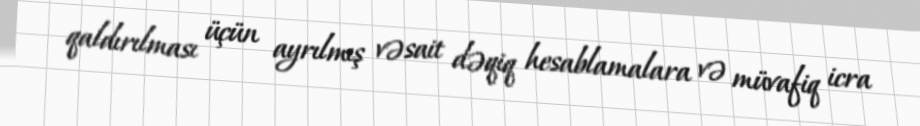
qaldırılması üçün ayrılmış vəsait dəqiq hesablamalara və müvafiq icra